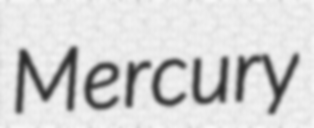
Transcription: Mercury